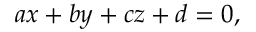
a x + b y + c z + d = 0 ,